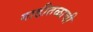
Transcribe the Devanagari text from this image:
गाडीतळाची